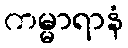
ကမ္မာရာနံ